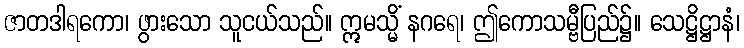
ဇာတဒါရကော၊ ဖွားသော သူငယ်သည်။ ဣမသ္မိံ နဂရေ၊ ဤကောသမ္ဗီပြည်၌။ သေဋ္ဌိဋ္ဌာနံ၊